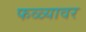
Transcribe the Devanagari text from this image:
फळ्यावर